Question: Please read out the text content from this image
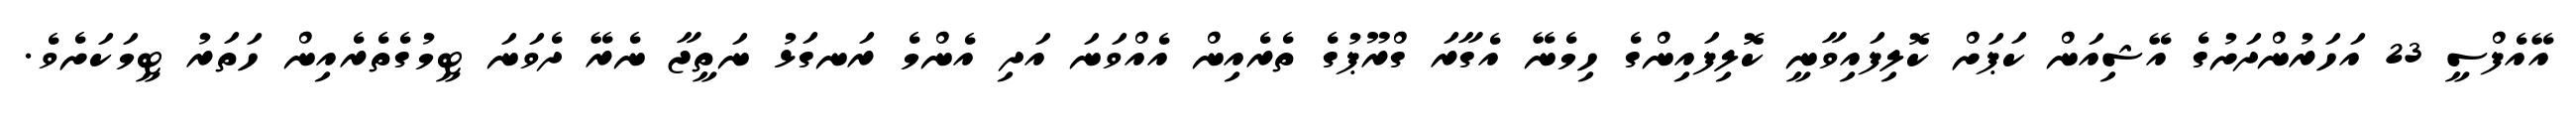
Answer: އޭއެފްސީ 23 އަހަރުންދަށުގެ އޭޝިއަން ކަޕަށް ކޮލިފައިވާނީ ކޮލިފައިންގެ ހިމެނޭ އެގާރަ ގްރޫޕުގެ ތެރެއިން އެއްވަނަ އަދި އެންމެ ރަނގަޅު ނަތީޖާ ނެރޭ ދެވަނަ ޓީމުގެތެރެއިން ހަތަރު ޓީމަކަށެވެ.